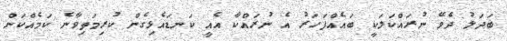
ބަދަލު ދެވޭ ނުރައްކަލަކީ ބައެއްފަހަރު އެ ނުރައްކާ އެއީ ކަނޑައެޅިގެން ކުރިމަތިވާނެ ކަމެއްކަން